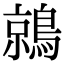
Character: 鶁